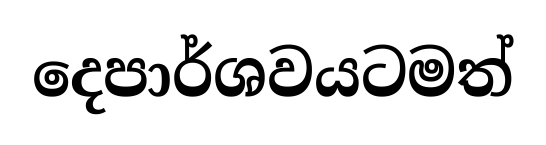
දෙපාර්ශවයටමත්